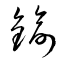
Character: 鍮